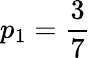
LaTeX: p_{1}=\frac{3}{7}